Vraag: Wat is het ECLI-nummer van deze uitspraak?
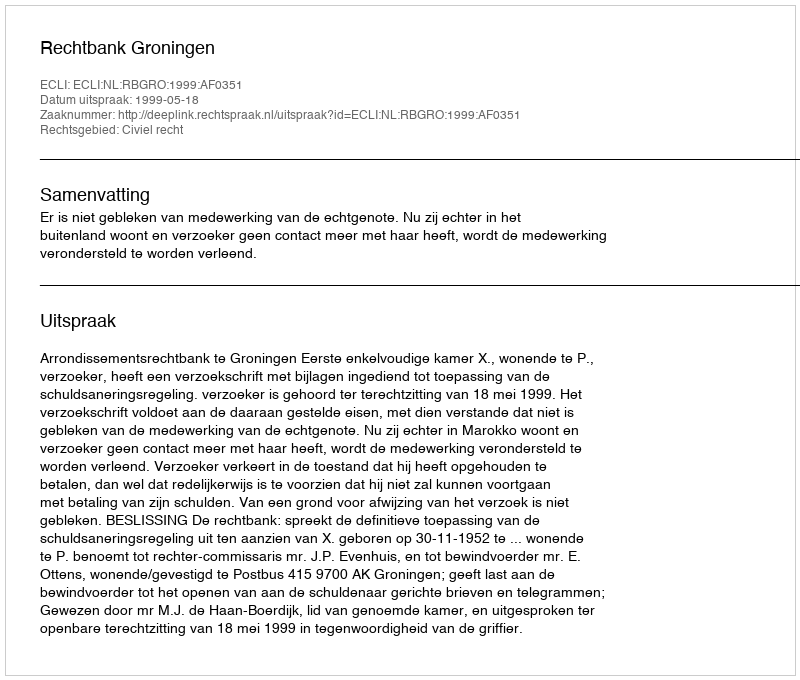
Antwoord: ECLI:NL:RBGRO:1999:AF0351